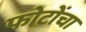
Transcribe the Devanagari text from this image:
फोटोंचा